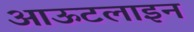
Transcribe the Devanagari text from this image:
आऊटलाइन